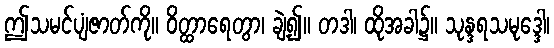
ဤသမင်ပျံဇာတ်ကို။ ဝိတ္ထာရေတွာ၊ ချဲ့၍။ တဒါ၊ ထိုအခါ၌။ သုန္ဒရသမုဒ္ဒေါ၊